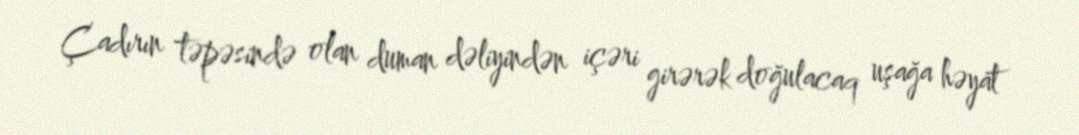
Çadırın təpəsində olan duman dəliyindən içəri girərək doğulacaq uşağa həyat